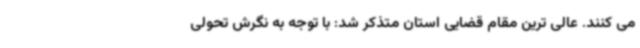
می کنند. عالی ترین مقام قضایی استان متذکر شد: با توجه به نگرش تحولی